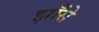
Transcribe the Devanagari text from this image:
झाँसे